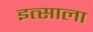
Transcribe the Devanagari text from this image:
इत्साला